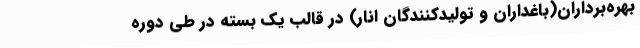
بهره‌برداران(باغداران و تولیدکنندگان انار) در قالب یک بسته در طی دوره